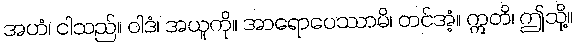
အဟံ၊ ငါသည်။ ဝါဒံ၊ အယူကို။ အာရောပေဿာမိ၊ တင်အံ့။ ဣတိ၊ ဤသို့။